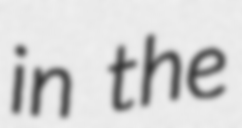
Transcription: in the